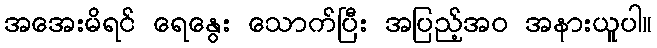
အအေးမိရင် ရေနွေး သောက်ပြီး အပြည့်အဝ အနားယူပါ။